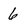
Character: 6